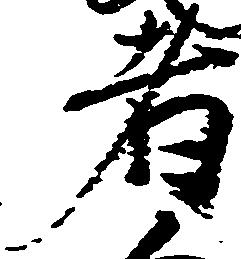
者